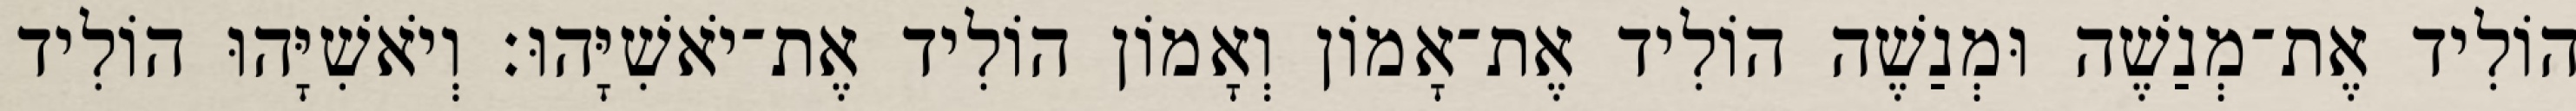
הוֹלִיד אֶת־מְנַשֶׁה וּמְנַשֶׁה הוֹלִיד אֶת־אָמוֹן וְאָמוֹן הוֹלִיד אֶת־יֹאשִׁיָּהוּ׃ וְיֹאשִׁיָּהוּ הוֹלִיד